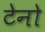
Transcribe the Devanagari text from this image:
टेनो